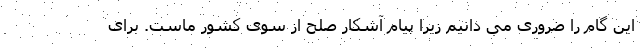
این گام را ضروری می دانیم زیرا پیام آشکار صلح از سوی کشور ماست. برای